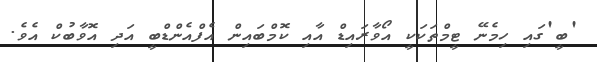
'ބީ'ގައި ހިމެނޭ ޓީމްތަކަކީ އޯވާރައިޑް އާއި ކޮމްބައިން އެފްއެންޑްބީ އަދި އޮވާބުކް އެވެ.